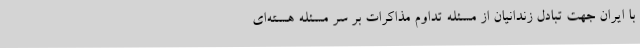
با ایران جهت تبادل زندانیان از مسئله تداوم مذاکرات بر سر مسئله هسته‌ای